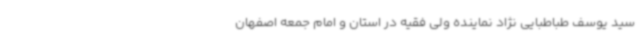
سید یوسف طباطبایی نژاد نماینده ولی فقیه در استان و امام جمعه اصفهان